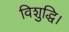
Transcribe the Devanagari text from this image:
विशुद्धि।